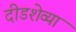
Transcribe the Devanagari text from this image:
दीडशेव्या